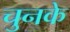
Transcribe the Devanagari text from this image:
चुनके